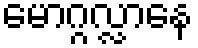
မောဂ္ဂလ္လာနေ